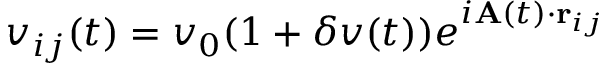
v _ { i j } ( t ) = v _ { 0 } ( 1 + \delta v ( t ) ) e ^ { i { \bf A } ( t ) \cdot { \bf r } _ { i j } }